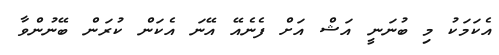
އެކަމަކު މި ބުނަނީ އަޝް އަށް ފެނެއޭ އޭނަ އެކަން ކުރަން ބޭނުންވާ